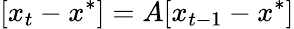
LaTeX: [x_{t}-x^{*}]=A[x_{t-1}-x^{*}]